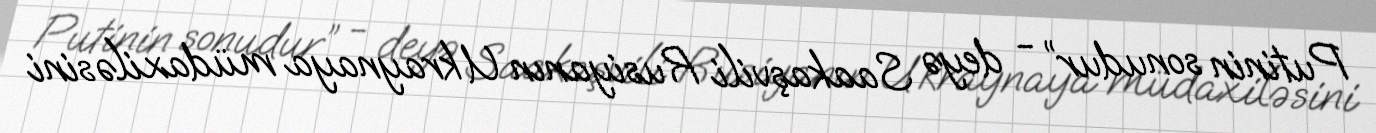
Putinin sonudur” - deyə Saakaşvili Rusiyanın Ukraynaya müdaxiləsini